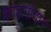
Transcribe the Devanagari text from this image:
काठगौदाम